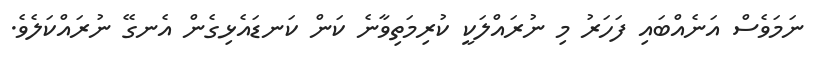
ނަމަވެސް އަނެއްބައި ފަހަރު މި ނުރައްލަކީ ކުރިމަތިވާނެ ކަން ކަނޑައެޅިގެން އެނގޭ ނުރައްކަލެވެ.